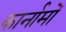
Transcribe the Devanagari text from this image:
कार्नामों